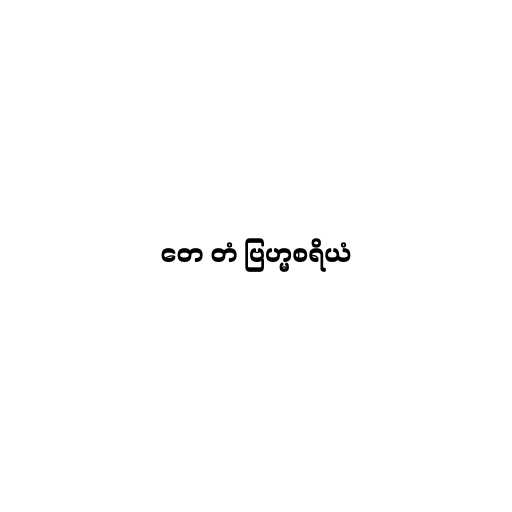
တေ တံ ဗြဟ္မစရိယံ